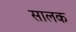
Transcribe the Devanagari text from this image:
सालक